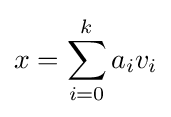
x=\sum _{i=0}^{k}a_{i}v_{i}